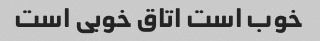
خوب است اتاق خوبی است